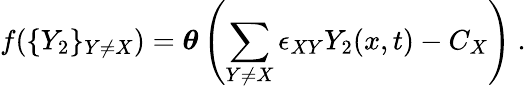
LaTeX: f(\{ Y_{2}\} _{Y\neq X})=\boldsymbol\theta\left(\sum_{Y\neq X}\epsilon_{XY}Y_{2}(x,t)-C_{X}\right)~.